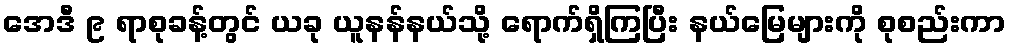
အေဒီ ၉ ရာစုခန့်တွင် ယခု ယူနန်နယ်သို့ ရောက်ရှိကြပြီး နယ်မြေများကို စုစည်းကာ